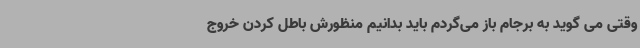
وقتی می گوید به برجام باز می‌گردم باید بدانیم منظورش باطل کردن خروج